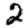
Digit: 2